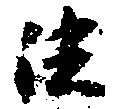
法